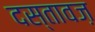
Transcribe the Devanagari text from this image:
दस्तावज़